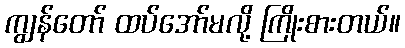
ကျွန်တော် ထပ်အော်မလို့ ကြိုးစားတယ်။